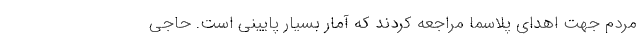
مردم جهت اهدای پلاسما مراجعه کردند که آمار بسیار پایینی است. حاجی